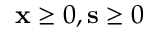
\mathbf { x } \geq 0 , \mathbf { s } \geq 0